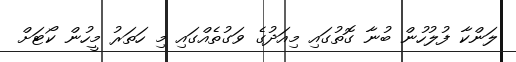
ލަންކާ ފުލުހުން ބުނާ ގޮތުގައި މިއަދުގެ ވަގުތެއްގައި މި ހަތަރު މީހުން ކޯޓަށް